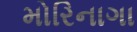
મોરિનાગા